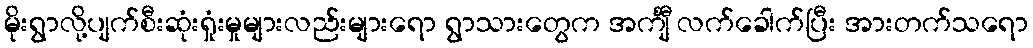
မိုးရွာလို့ပျက်စီးဆုံးရှုံးမှုများလည်းများရော ရွာသားတွေက အင်္ကျီ လက်ခေါက်ပြီး အားတက်သရော